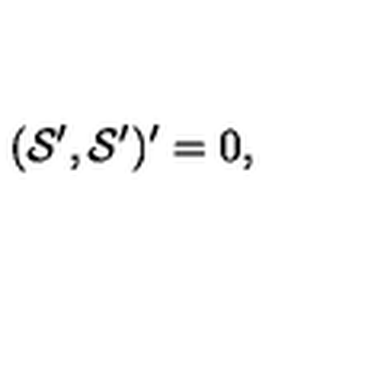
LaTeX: ( { \cal S } ^ { \prime } , { \cal S } ^ { \prime } ) ^ { \prime } = 0 ,